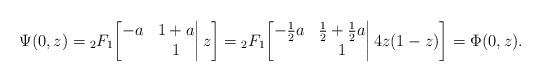
LaTeX: \begin{align*}&\Psi(0,z)={}_2F_1\bigg[\begin{matrix}-a&1+a\\&1\end{matrix}\bigg|\,z\bigg]={}_2F_1\bigg[\begin{matrix}-\frac12a&\frac12+\frac12a\\&1\end{matrix}\bigg|\,4z(1-z)\bigg]=\Phi(0,z).\end{align*}